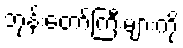
ဘုန်းတော်ကြီးများကို